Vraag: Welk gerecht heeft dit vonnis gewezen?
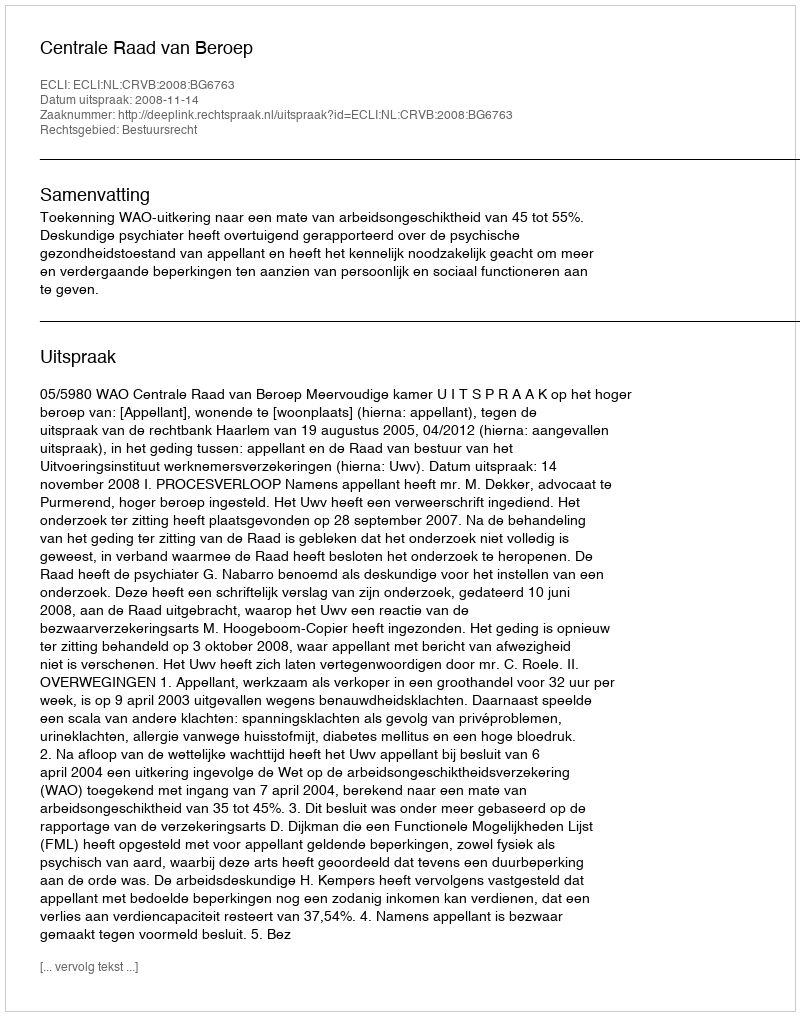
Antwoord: Centrale Raad van Beroep